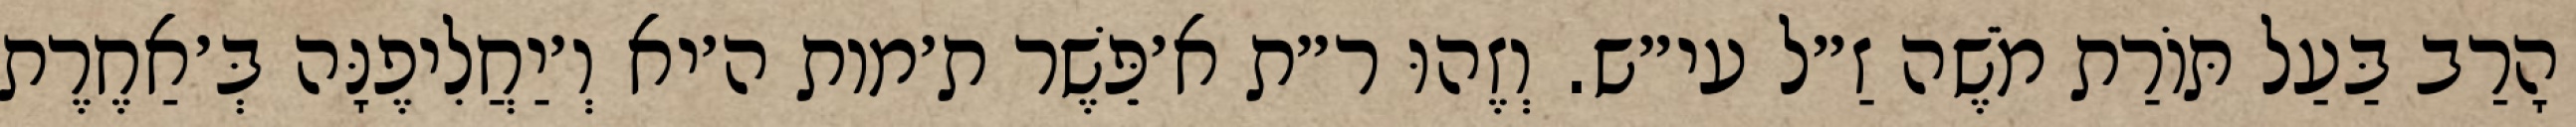
הָרַב בַּעַל תּוֹרַת מֹשֶׁה זַ״ל עי״ש. וְזֶהוּ ר״ת א׳פֵּשֶׁר ת׳מות ה׳יא וְ׳יַחֲלִיפֶנָּה בְּ׳אַחֶרֶת